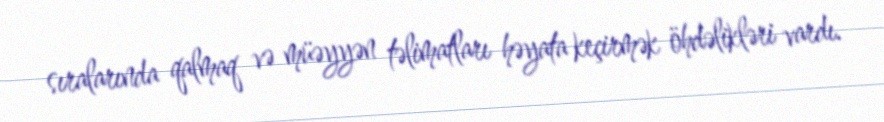
sıralarında qalmaq və müəyyən təlimatları həyata keçirmək öhdəlikləri vardı.